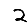
Digit: 2